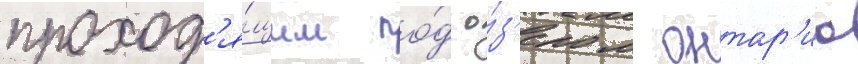
проход'я́щим по́д о́з'ером онтар'ио